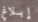
إبلاغ